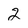
Character: 2